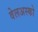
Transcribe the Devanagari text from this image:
वेलअस्को